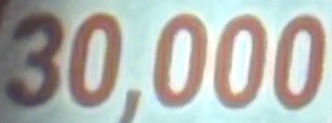
30.000